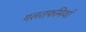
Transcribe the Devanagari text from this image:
गलतफमियां